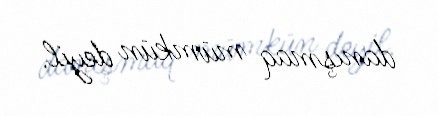
danışmaq mümkün deyil.